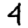
Digit: 4